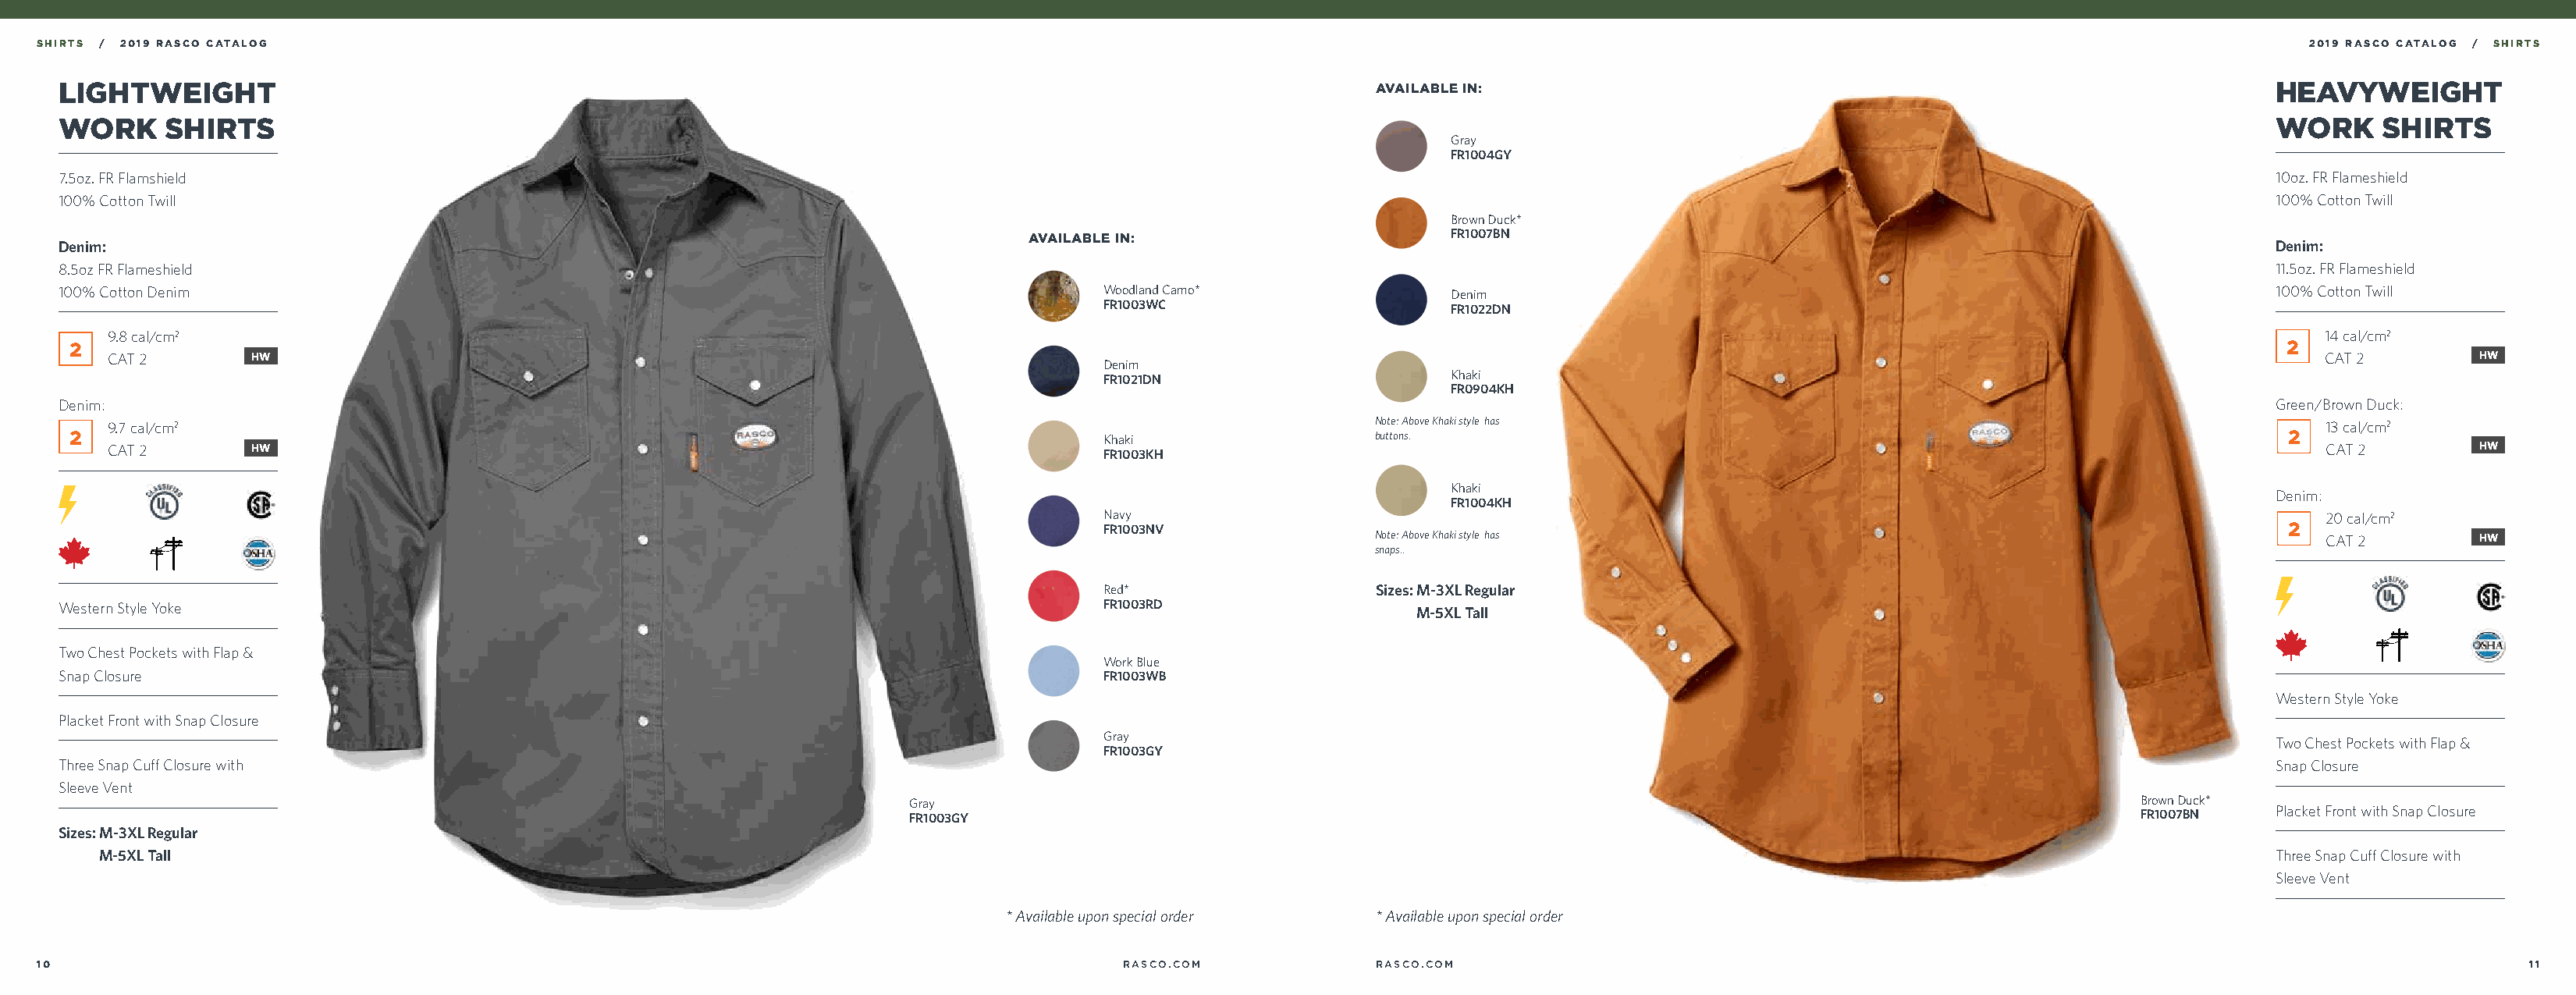
SHIRTS / 2019 RASCO CATALOG                                                                                                                                                                      2019 RASCO CATALOG / SHIRTS
 LIGHTWEIGHT                                                                                                     AVAILABLE IN:                                                               HEAVYWEIGHT
 WORK     SHIRTS                                                                                                                                                                             WORK     SHIRTS
 Gray
 FR1004GY
 7.5oz. FR Flamshield                                                                                                                                                                        10oz. FR Flameshield
 100% Cotton Twill                                                                                                                                                                           100% Cotton Twill
 Brown Duck*
 AVAILABLE IN:                       FR1007BN
 Denim:                                                                                                                                                                                      Denim:
 8.5oz FR Flameshield                                                                                                                                                                        11.5oz. FR Flameshield
 100% Cotton Denim                                                                        Woodland Camo*               Denim                                                                 100% Cotton Twill
 FR1003WC
 FR1022DN
 9.8 cal/cm2                                                                                                                                                                                 14 cal/cm2
 2                                                                                                                                                                                           2
 CAT 2       HW                                                                                                                                                                              CAT 2        HW
 Denim
 Khaki
 FR1021DN
 FR0904KH
 Denim:                                                                                                                                                                                      Green/Brown Duck:
 9.7 cal/cm2                                                                                                 Note: Above Khaki style has                                                     13 cal/cm2
 2                                                                                       Khaki                  buttons.                                                                     2
 CAT 2       HW                                                                       FR1003KH                                                                                               CAT 2        HW
 Khaki
 Denim:
 FR1004KH
 Navy                                                                                                   20 cal/cm2
 FR1003NV                                                                                            2
 Note: Above Khaki style has                                                     CAT 2        HW
 snaps..
 Red*                   Sizes: M-3XL Regular
 Western Style Yoke                                                                       FR1003RD                  M-5XL Tall
 Two Chest Pockets with Flap &
 Work Blue
 Snap Closure                                                                             FR1003WB
 Western Style Yoke
 Placket Front with Snap Closure
 Gray
 Two Chest Pockets with Flap &
 FR1003GY
 Three Snap Cuff Closure with                                                                                                                                                                Snap Closure
 Sleeve Vent
 Gray                                                                                                     Brown Duck*
 Placket Front with Snap Closure
 FR1003GY                                                                                                 FR1007BN
 Sizes: M-3XL Regular
 M-5XL Tall                                                                                                                                                                               Three Snap Cuff Closure with
 Sleeve Vent
 * Available upon special order  * Available upon special order
 10                                                                                          RASCO.COM             RASCO.COM                                                                                         11